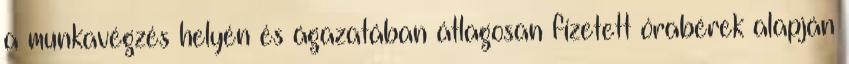
a munkavégzés helyén és ágazatában átlagosan fizetett órabérek alapján